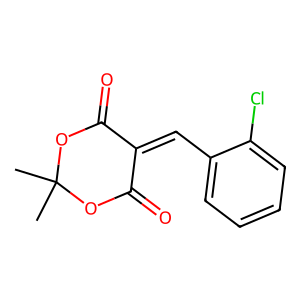
SMILES: CC1(C)OC(=O)C(=Cc2ccccc2Cl)C(=O)O1
Inhibits HIV replication: No